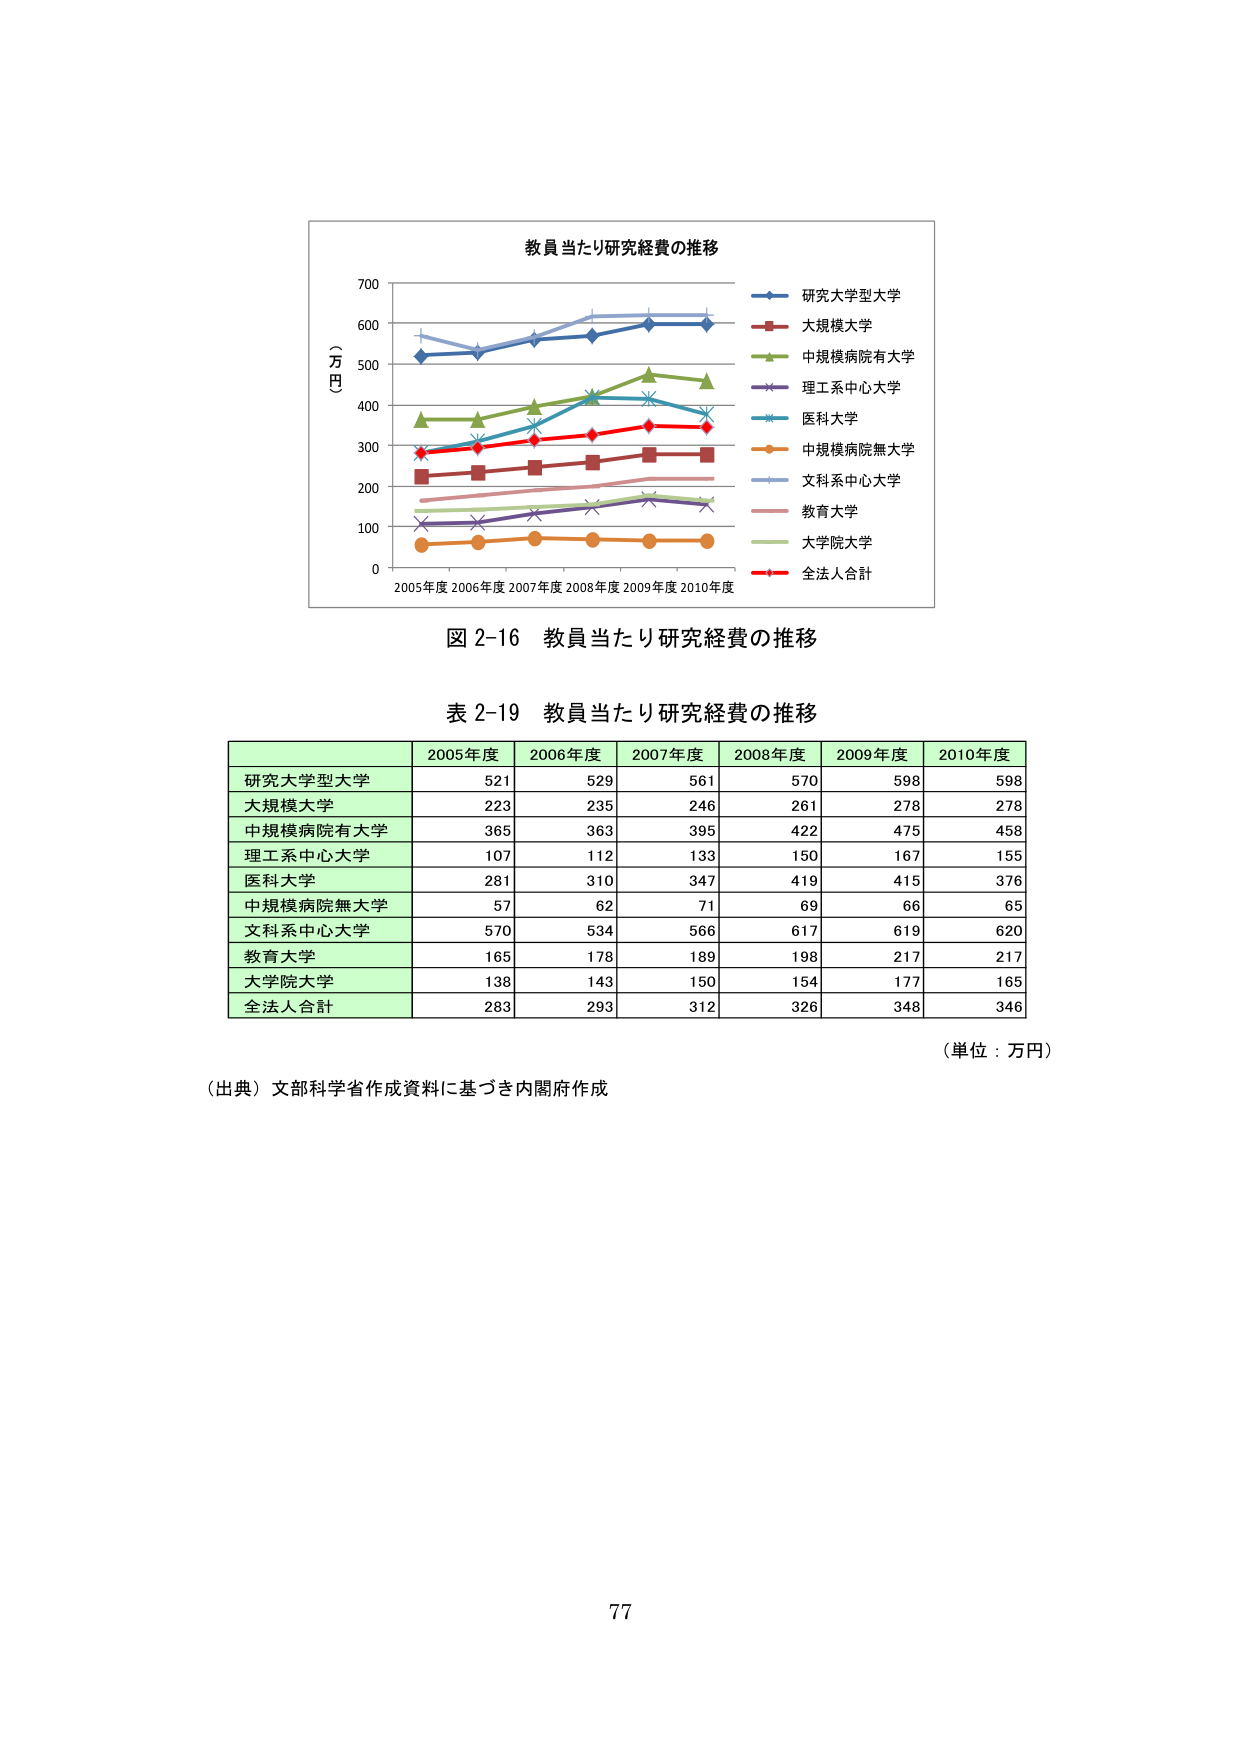
教員当たり研究経費の推移
（万円）
2005年度 2006年度 2007年度 2008年度 2009年度 2010年度
研究大学型大学
大規模大学
中規模病院有大学
理工系中心大学
医科大学
中規模病院無大学
文科系中心大学
教育大学
大学院大学
全法人合計
図 2-16 教員当たり研究経費の推移
表 2-19 教員当たり研究経費の推移
2005年度 2006年度 2007年度 2008年度 2009年度 2010年度
研究大学型大学 521 529 561 570 598 598
大規模大学 223 235 246 261 278 278
中規模病院有大学 365 363 395 422 475 458
理工系中心大学 107 112 133 150 167 155
医科大学 281 310 347 419 415 376
中規模病院無大学 57 62 71 69 66 65
文科系中心大学 570 534 566 617 619 620
教育大学 165 178 189 198 217 217
大学院大学 138 143 150 154 177 165
全法人合計 283 293 312 326 348 346
（単位：万円）
（出典）文部科学省作成資料に基づき内閣府作成
77